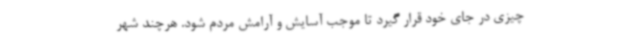
چیزی در جای خود قرار گیرد تا موجب آسایش و آرامش مردم شود. هرچند شهر